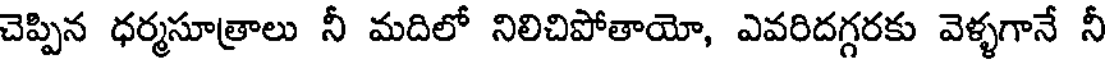
చెప్పిన ధర్మసూత్రాలు నీ మదిలో నిలిచిపోతాయో, ఎవరిదగ్గరకు వెళ్ళగానే నీ